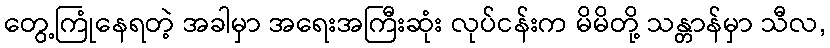
တွေ့ကြုံနေရတဲ့ အခါမှာ အရေးအကြီးဆုံး လုပ်ငန်းက မိမိတို့ သန္တာန်မှာ သီလ,